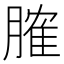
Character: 𦞦